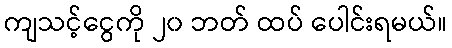
ကျသင့်ငွေကို ၂၀ ဘတ် ထပ် ပေါင်းရမယ်။